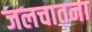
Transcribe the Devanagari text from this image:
जलचातना